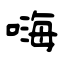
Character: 嗨